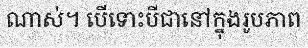
ណាស់។ បើទោះបីជានៅក្នុងរូបភាព